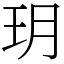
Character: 玥